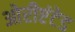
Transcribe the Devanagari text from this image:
ओरीएंटेड